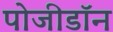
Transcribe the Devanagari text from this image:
पोजीडॉन